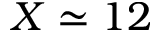
X \simeq 1 2